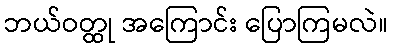
ဘယ်ဝတ္ထု အကြောင်း ပြောကြမလဲ။